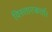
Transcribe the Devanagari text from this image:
विस्तारकर्ता।